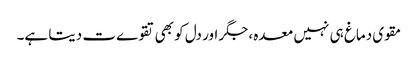
مقوی دماغ ہی نہیں معدہ ،جگر اور دل کو بھی تقوےت دیتا ہے۔